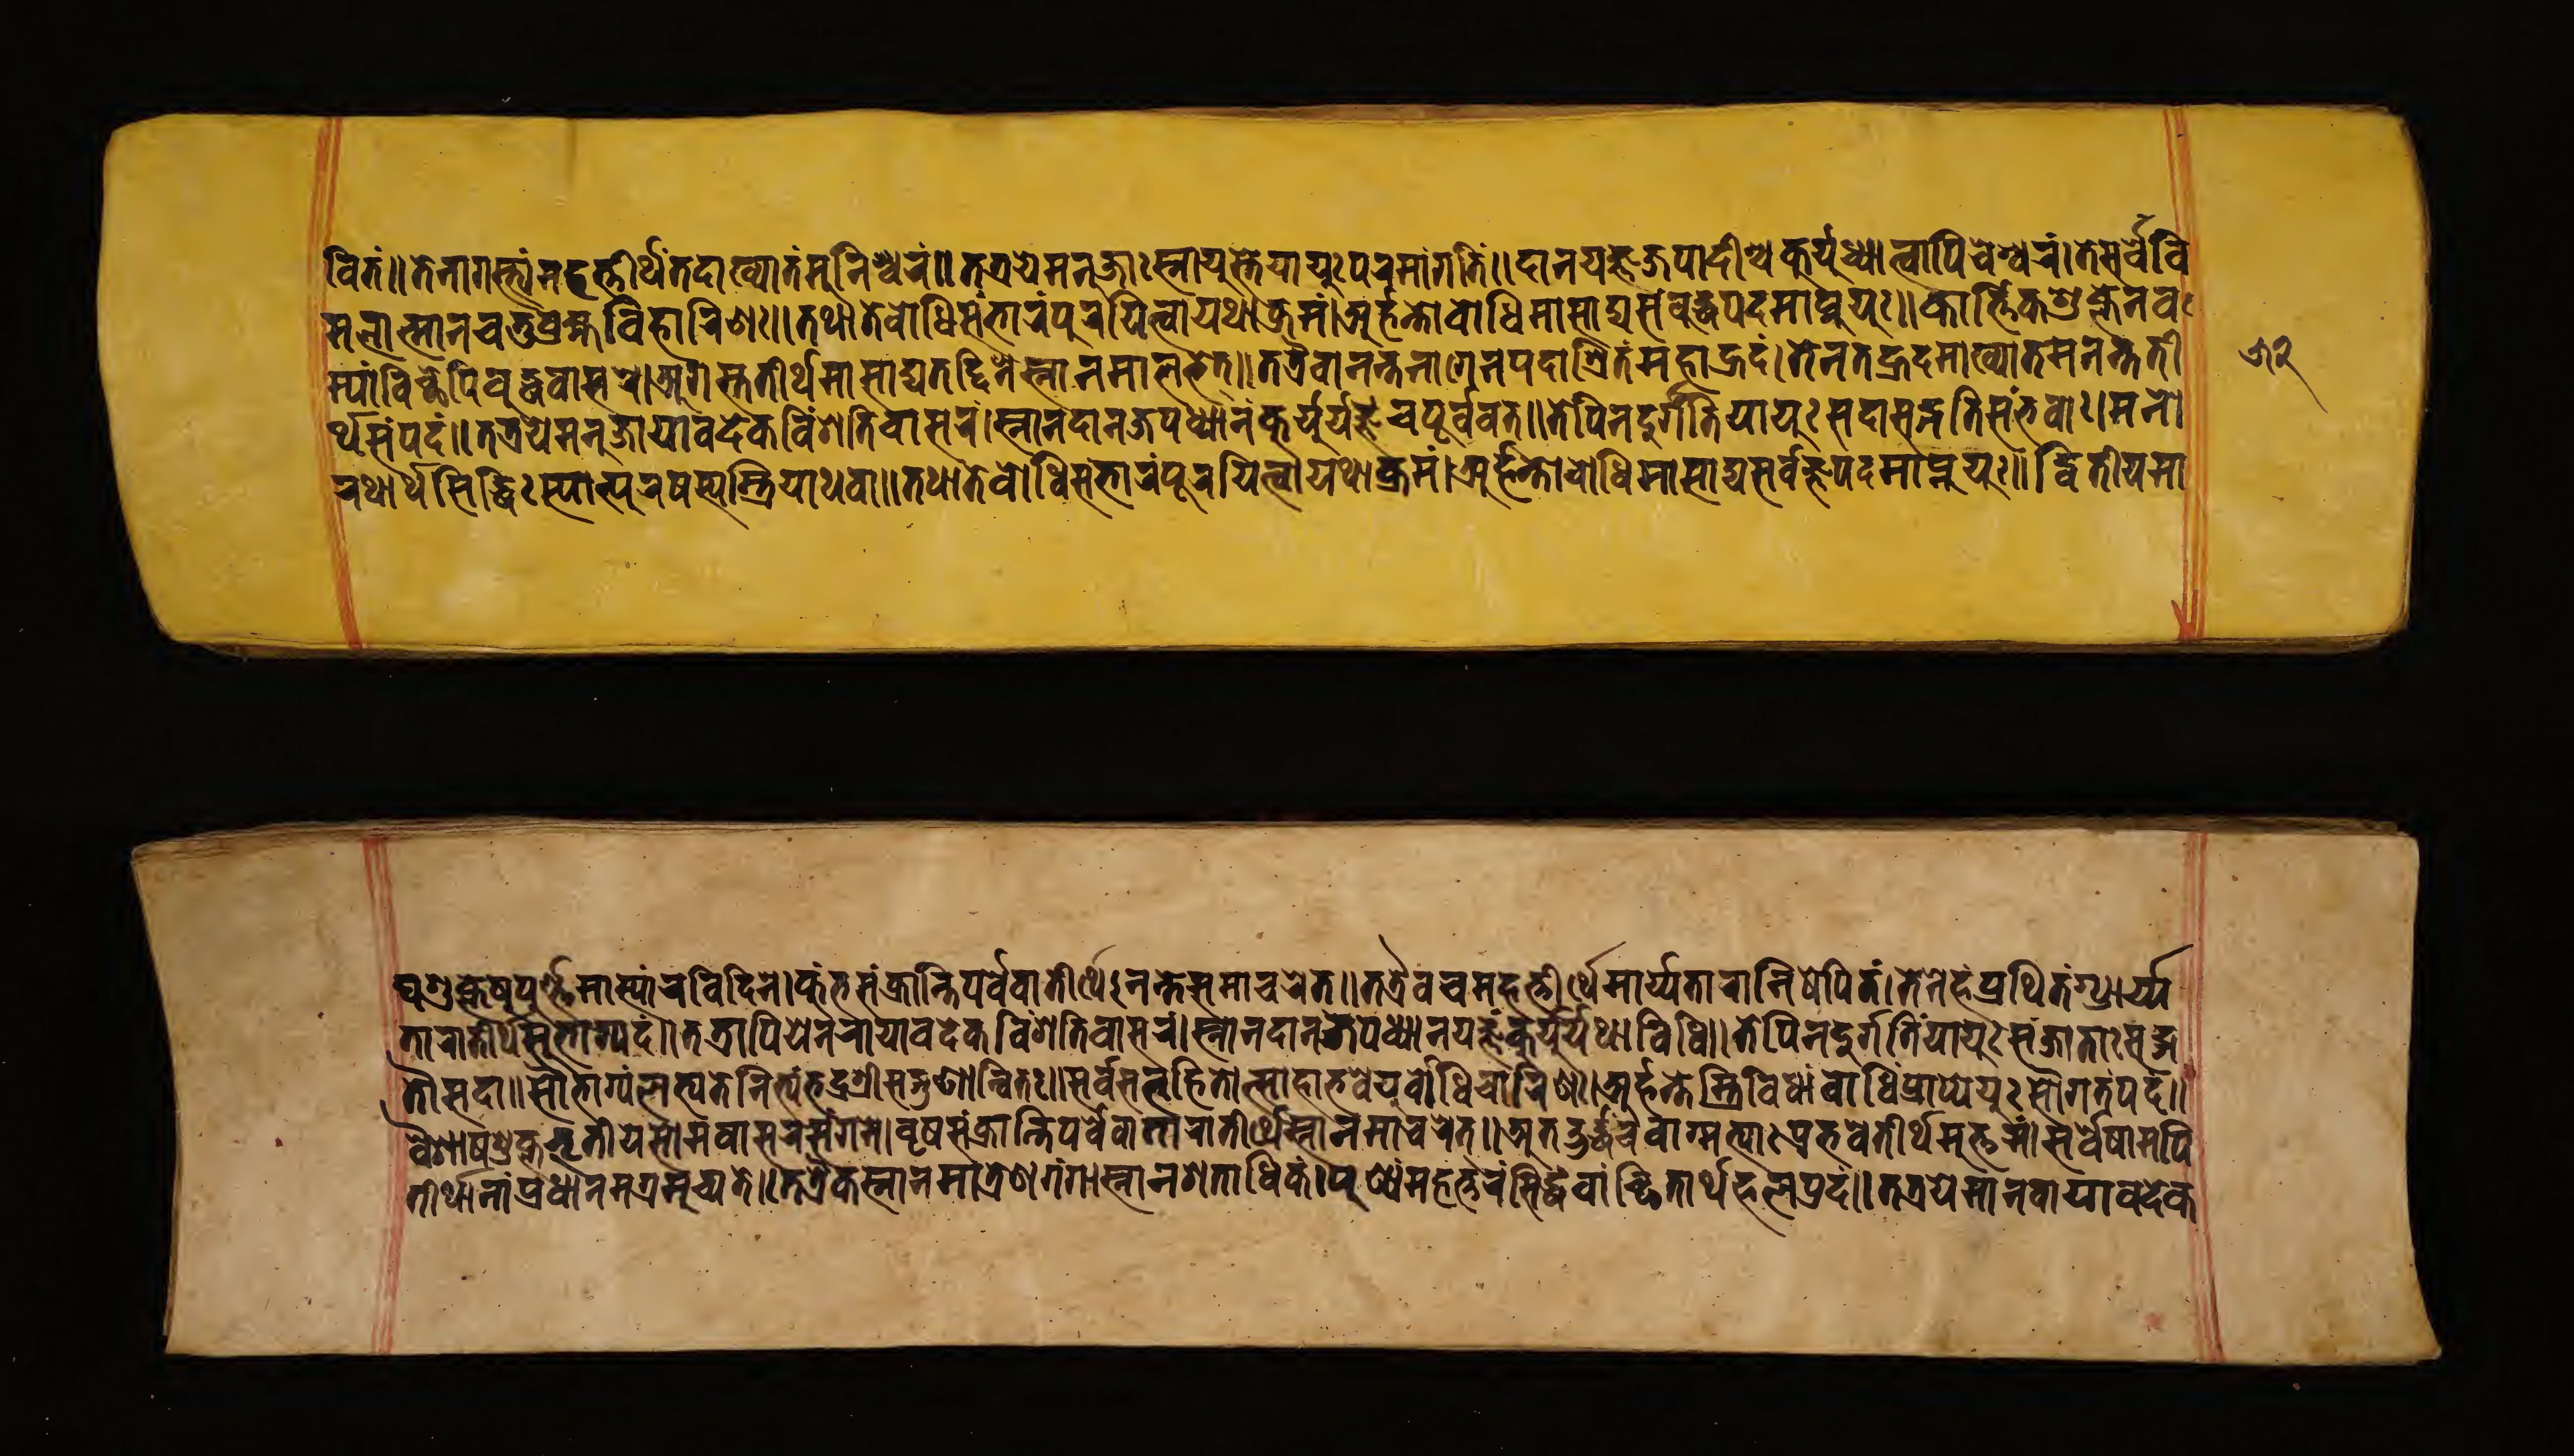
𑐰𑐶𑐟𑑄॥𑐟𑐾𑐣𑐵𑐐𑐳𑑂𑐟𑑂𑐫𑑄𑐩𑐴𑐟𑑂𑐟𑐷𑐬𑑂𑐠𑐟𑐡𑐵𑐏𑑂𑐫𑐵𑐣𑑂𑐟𑑄𑐩𑐸𑐣𑐷𑐱𑑂𑐰𑐬𑑄॥𑐟𑐟𑑂𑐬𑐫𑐾𑐩𑐣𑐸𑐖𑐵𑐳𑑂𑐣𑐵𑐫𑐹𑐳𑑂𑐟𑐾𑐫𑐵𑐫𑐸𑑅𑐥𑐬𑐩𑐵𑑄𑐐𑐟𑐶𑑄॥𑐡𑐵𑐣𑐫𑐖𑑂𑐘𑐖𑐥𑐵𑐡𑐶𑐱𑑂𑐔𑐎𑐸𑐬𑑂𑐫𑐸𑐢𑑂𑐫𑐵𑐟𑑂𑐰𑐵𑐫𑐶𑐔𑐾𑐱𑑂𑐰𑐬𑑄॥𑐟𑐾𑐳𑐬𑑂𑐰𑐾𑐰𑐶 𑐩𑐮𑐵𑐟𑑂𑐩𑐵𑐣𑐱𑑂𑐔𑐔𑐟𑐸𑐬𑑂𑐧𑑂𑐬𑐴𑑂𑐩𑐰𑐶𑐴𑐵𑐬𑐶𑐞𑑅॥𑐟𑐠𑐵𑐟𑐾𑐧𑑀𑐢𑐶𑐳𑑄𑐨𑐵𑐬𑑄𑐥𑐹𑐬𑐫𑐶𑐟𑑂𑐰𑐵𑐫𑐠𑐵𑐎𑑂𑐬𑐩𑑄।𑐀𑐬𑑂𑐴𑐣𑑂𑐟𑐳𑑂𑐟𑑂𑐬𑐶𑐰𑐶𑐢𑐵𑐩𑑂𑐧𑑀𑐢𑐶𑑄𑐥𑑂𑐬𑐵𑐥𑑂𑐫𑐧𑐸𑐡𑑂𑐢𑐟𑑂𑐰𑐩𑐵𑐥𑑂𑐣𑐸𑐫𑐸𑑅॥𑐎𑐵𑐬𑑂𑐴𑐶𑐎𑐱𑐸𑐥𑑂𑐟𑐾𑐣𑐰 𑐩𑑂𑐫𑐵𑑄𑐰𑐶𑐕𑐾𑐥𑐶𑐧𑐸𑐡𑑂𑐢𑐰𑐵𑐳𑐬𑐾।𑐀𑐐𑐳𑑂𑐟𑐟𑐷𑐬𑑂𑐠𑐩𑐵𑐳𑐵𑐡𑑂𑐫𑐟𑐡𑑂𑐡𑐶𑐣𑐾𑐳𑑂𑐣𑐵𑐣𑐩𑐵𑐟𑐨𑐟𑑂॥𑐟𑐟𑑂𑐬𑐿𑐰𑐵𑐣𑐣𑑂𑐟𑐣𑐵𑐐𑐾𑐣𑐫𑐡𑐵𑐱𑑂𑐬𑐶𑐟𑑄𑐩𑐴𑐵𑐴𑑂𑐬𑐡𑑄।𑐟𑐾𑐣𑐟𑐡𑐴𑑂𑐬𑐡𑐩𑐵𑐏𑑂𑐫𑐵𑐟𑐩𑐣𑐣𑑂𑐟𑐟𑐷 𑐬𑑂𑐠𑐳𑑄𑐥𑐡𑑄॥𑐟𑐟𑑂𑐬𑐫𑐾𑐩𑐣𑐸𑐖𑐵𑐫𑐵𑐰𑐡𑐾𑐎𑑄𑐰𑐶𑑄𑐱𑐟𑐶𑐰𑐵𑐳𑐬𑑄।𑐳𑑂𑐣𑐵𑐣𑐡𑐵𑐣𑐖𑐥𑐢𑑂𑐫𑐵𑐣𑑄𑐎𑐸𑐬𑑂𑐫𑐸𑐬𑑂𑐫𑐖𑑂𑐘𑑄𑐔𑐥𑐹𑐬𑑂𑐰𑐰𑐟𑑂॥𑐟𑐾𑐥𑐶𑐣𑐡𑐸𑐬𑑂𑐐𑐟𑐶𑑄𑐫𑐵𑐫𑐸𑑅𑐳𑐡𑐵𑐳𑐡𑑂𑐐𑐟𑐶𑐳𑐩𑑂𑐨𑐰𑐵𑑅।𑐩𑐣𑑀 𑐬𑐠𑐵𑐬𑑂𑐠𑐳𑐶𑐡𑑂𑐢𑐶𑑅𑐳𑑂𑐫𑐵𑐟𑑂𑐥𑐸𑐬𑐲𑐳𑑂𑐫𑐩𑑂𑐟𑑂𑐬𑐶𑐫𑐵𑐠𑐰𑐵॥𑐟𑐠𑐵𑐟𑐾𑐧𑑀𑐢𑐶𑐳𑐩𑑂𑐨𑐵𑐬𑑄𑐥𑐹𑐬𑐫𑐶𑐟𑑂𑐰𑐵𑐫𑐠𑐵𑐎𑑂𑐬𑐩𑑄।𑐀𑐬𑑂𑐴𑐣𑑂𑐟𑑀𑐧𑑀𑐢𑐶𑐩𑐵𑐳𑐵𑐡𑑂𑐫𑐳𑐬𑑂𑐰𑐖𑑂𑐘𑐥𑐡𑐩𑐵𑐥𑑂𑐣𑐸𑐫𑐸𑑅॥𑐡𑑂𑐰𑐶𑐟𑐷𑐫𑐩𑐵 𑐑𑐱𑐸𑐎𑑂𑐟𑐾𑐲𑐸𑐫𑐸𑐬𑑂𑐖𑑂𑐘𑐩𑐵𑐳𑑂𑐫𑐵𑑄𑐬𑐰𑐶𑐡𑐶𑐣𑐾।𑐎𑐸𑑄𑐨𑐳𑑄𑐎𑑂𑐬𑐵𑐣𑑂𑐟𑐶𑐥𑐬𑑂𑐰𑐾𑐰𑐵𑐟𑐷𑐬𑑂𑐠𑐾𑑅𑐣𑐣𑑂𑐟𑐾𑐳𑐩𑐵𑐔𑐬𑐾𑐟𑑂॥𑐟𑐟𑑂𑐬𑐰𑐔𑐩𑐴𑐟𑑂𑐟𑐷𑐬𑑂𑐠𑐁𑐬𑑂𑐫𑐟𑐵𑐬𑐵𑐣𑐶𑐲𑐾𑐰𑐶𑐟𑐩𑑂।𑐟𑐾𑐣𑐾𑐡𑑄𑐥𑑂𑐬𑐵𑐠𑐶𑐟𑑄𑐥𑑂𑐬𑐵𑐬𑑂𑐫 𑐟𑐵𑐬𑐵𑐟𑐷𑐬𑑂𑐠𑐳𑐸𑐨𑐵𑐐𑑂𑐫𑐡𑑄॥𑐟𑐟𑑂𑐬𑐵𑐥𑐶𑐫𑐾𑐣𑐬𑐵𑐬𑑂𑐫𑐵𑐰𑐡𑐾𑐎𑐰𑐶𑑄𑐱𑐟𑐶𑐰𑐵𑐳𑐬𑑄।𑐳𑑂𑐣𑐵𑐣𑐡𑐵𑐣𑐖𑐥𑐢𑑂𑐫𑐵𑐣𑑄𑐫𑐖𑑂𑐘𑑄𑐎𑐸𑐬𑑂𑐫𑐸𑐬𑑂𑐫𑐠𑐵𑐰𑐶𑐢𑐶॥𑐟𑐾𑐥𑐶𑐣𑐡𑐸𑐬𑑂𑐐𑐟𑐶𑑄𑐫𑐵𑐫𑐸𑑅𑐳𑑄𑐖𑐵𑐟𑐵𑑅𑐳𑐡𑑂𑐐 𑐟𑑁𑐳𑐡𑐵॥𑐳𑑁𑐨𑐵𑐐𑑂𑐫𑐮𑐨𑑂𑐫𑐟𑐾𑐣𑐶𑐟𑑂𑐫𑑄𑐨𑐡𑑂𑐬𑐱𑑂𑐬𑐷𑐳𑐖𑐞𑐵𑐣𑑂𑐰𑐶𑐟𑑅॥𑐳𑐬𑑂𑐰𑐳𑐟𑑂𑐟𑑂𑐰𑐴𑐶𑐟𑑀𑐟𑑂𑐳𑐵𑐴𑐵𑐨𑐰𑐾𑐫𑐸𑐬𑑂𑐧𑑀𑐢𑐶𑐔𑐵𑐬𑐶𑐞𑑅।𑐀𑐬𑑂𑐴𑐣𑑂𑐟𑐳𑑂𑐟𑑂𑐬𑐶𑐰𑐶𑐢𑐵𑑄𑐧𑑀𑐢𑐶𑑄𑐥𑑂𑐬𑐵𑐥𑑂𑐫𑐾𑐫𑐸𑑅𑐳𑑁𑐐𑐟𑑄𑐥𑐡𑑄॥ 𑐰𑐿𑐱𑐵𑐲𑐱𑐸𑐎𑑂𑐟𑐨𑐺𑐟𑐷𑐫𑐳𑑀𑐩𑐰𑐵𑐳𑐬𑐳𑑄𑐐𑐩𑐾।𑐰𑐺𑐲𑐳𑑄𑐎𑑂𑐬𑐵𑐣𑑂𑐟𑐶𑐥𑐬𑑂𑐰𑐾𑐰𑐵𑐟𑐵𑐬𑐵𑐟𑐷𑐬𑑂𑐠𑐾𑐳𑑂𑐣𑐵𑐣𑐩𑐵𑐰𑐬𑐾𑐟𑑂॥𑐀𑐟𑐚𑑂𑐚𑐬𑑂𑐡𑑂𑐢𑐬𑐰𑐵𑐐𑑂𑐩𑐟𑑂𑐫𑐵𑑅𑐥𑑂𑐬𑐨𑐰𑐾𑐟𑐷𑐬𑑂𑐠𑐩𑐸𑐨𑐸𑐩𑑄।𑐳𑐬𑑂𑐰𑐾𑐲𑐵𑐩𑐥𑐶 𑐟𑐷𑐬𑑂𑐠𑐵𑐣𑐵𑑄𑐥𑑂𑐬𑐢𑐵𑐣𑐩𑐐𑑂𑐬𑐩𑐸𑐔𑑂𑐫𑐟𑐾॥𑐟𑐟𑑂𑐬𑐿𑐎𑐳𑑂𑐣𑐵𑐣𑐩𑐵𑐟𑑂𑐬𑐾𑐞𑐐𑑄𑐐𑐵𑐳𑑂𑐣𑐵𑐣𑐱𑐟𑐵𑐢𑐶𑐎𑑄।𑐥𑐸𑐞𑑂𑐫𑑄𑐩𑐴𑐟𑑂𑐟𑐬𑑄𑐳𑐶𑐡𑑂𑐢𑑄𑐰𑐵𑐘𑑂𑐕𑐶𑐟𑐵𑐬𑑂𑐠𑐳𑐸𑐏𑐥𑑂𑐬𑐡𑑄॥𑐟𑐟𑑂𑐬𑐫𑐾𑐩𑐵𑐣𑐰𑐵𑐫𑐵𑐰𑐡𑐾𑐎 𑑕𑑒